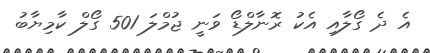
އެ ދެ ގޯލާއި އެކު ރޮނާލްޑޯ ވަނީ ޖުމްލަ 501 ގޯލް ކާމިޔާބު